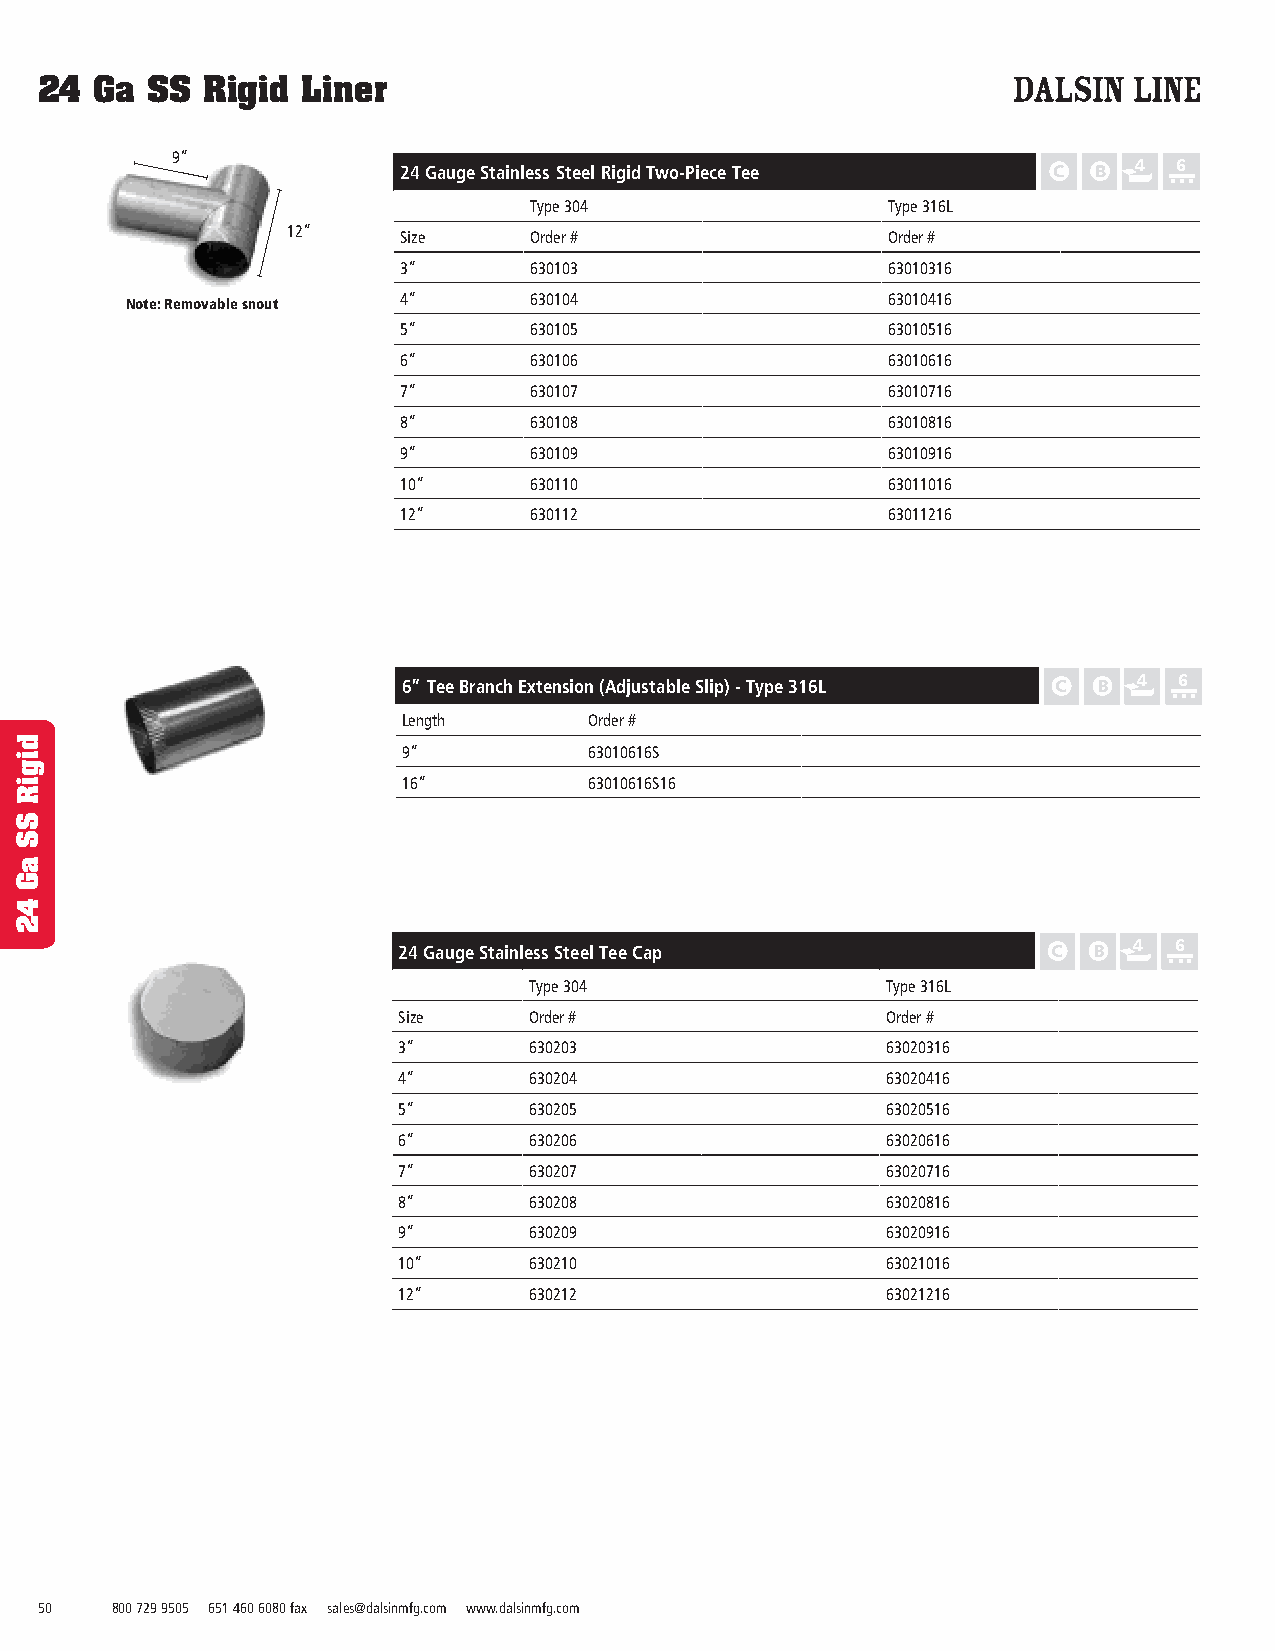
24  Ga  SS Rigid  Liner
 9”
 4  6
 24 Gauge Stainless Steel Rigid Two-Piece Tee
 Type 304                Type 316L
 12”    Size     Order #                 Order #
 3”       630103                  63010316
 Note: Removable snout 4”   630104                  63010416
 5”       630105                  63010516
 6”       630106                  63010616
 7”       630107                  63010716
 8”       630108                  63010816
 9”       630109                  63010916
 10”      630110                  63011016
 12”      630112                  63011216
 6” Tee Branch Extension (Adjustable Slip) - Type 316L 4 6
 Length      Order #
 9”          63010616S
 16”         63010616S16
 24 Gauge Stainless Steel Tee Cap                 4  6
 Type 304                Type 316L
 Size     Order #                 Order #
 3”       630203                  63020316
 4”       630204                  63020416
 5”       630205                  63020516
 6”       630206                  63020616
 7”       630207                  63020716
 8”       630208                  63020816
 9”       630209                  63020916
 10”      630210                  63021016
 12”      630212                  63021216
 50   800 729 9505 651 460 6080 fax sales@dalsinmfg.com www.dalsinmfg.com
 digiR
 SS
 aG
 42